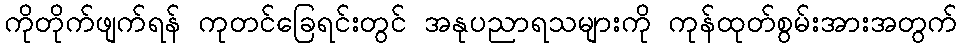
ကိုတိုက်ဖျက်ရန် ကုတင်ခြေရင်းတွင် အနုပညာရသများကို ကုန်ထုတ်စွမ်းအားအတွက်